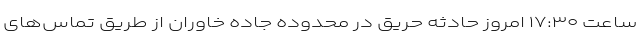
ساعت ۱۷:۳۰ امروز حادثه حریق در محدوده جاده خاوران از طریق تماس‌های